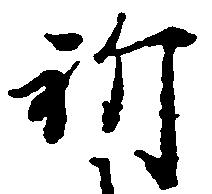
祈